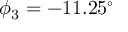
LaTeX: \phi _ { 3 } = - 1 1 . 2 5 ^ { \circ }